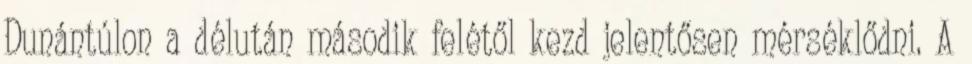
Dunántúlon a délután második felétől kezd jelentősen mérséklődni. A